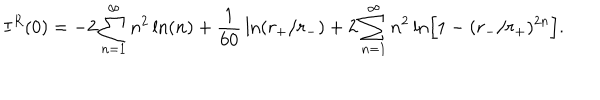
I ^ { R } ( 0 ) = - 2 \sum _ { n = 1 } ^ { \infty } n ^ { 2 } \ln ( n ) + { \frac { 1 } { 6 0 } } \ln ( r _ { + } / r _ { - } ) + 2 \sum _ { n = 1 } ^ { \infty } n ^ { 2 } \ln \Bigr [ 1 - ( r _ { - } / r _ { + } ) ^ { 2 n } \Bigr ] .